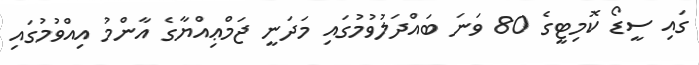
ގައި ސީޑޯ ކޮމިޓީގެ 80 ވަނަ ބައްދަލުވުމުގައި މަދަނީ ޖަމްޢިއްޔާގެ އާންމު އިއްވުމުގައި